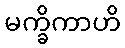
မက္ခိကာဟိ